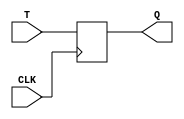
module T_Latch (
    input T,
    input CLK,
    output reg Q
);

always @ (posedge CLK)
begin
    Q <= T;
end

endmodule